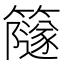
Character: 𥶼